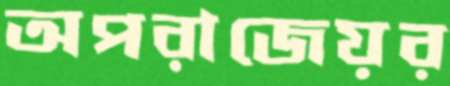
অপরাজেয়র